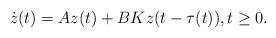
LaTeX: \begin{align*}\dot z(t)=Az(t)+BKz(t-\tau(t)),t\geq 0.\end{align*}